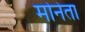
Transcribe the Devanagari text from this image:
मोनेता